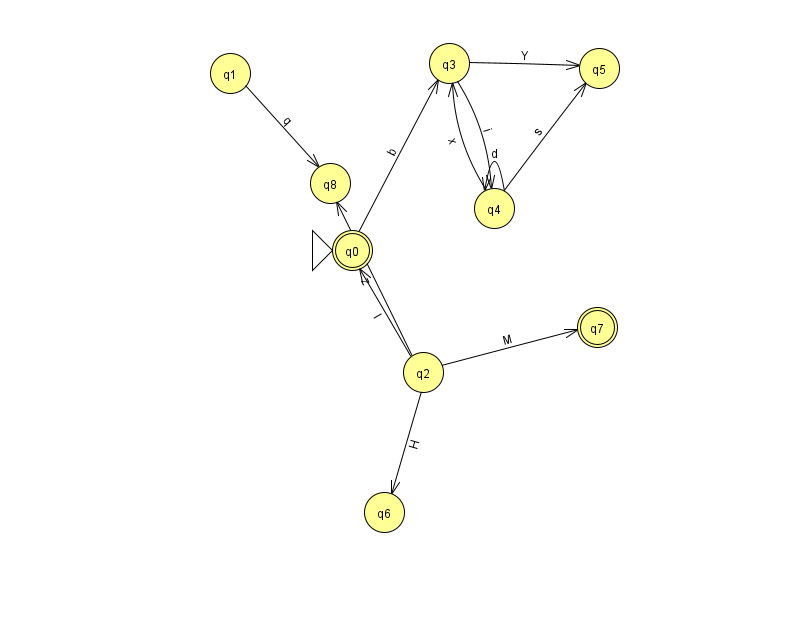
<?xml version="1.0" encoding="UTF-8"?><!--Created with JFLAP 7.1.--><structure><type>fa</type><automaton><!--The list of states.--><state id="0" name="q0"><x>352.0</x><y>237.0</y><initial/><final/></state><state id="1" name="q1"><x>230.0</x><y>60.0</y></state><state id="2" name="q2"><x>423.0</x><y>359.0</y></state><state id="3" name="q3"><x>449.0</x><y>50.0</y></state><state id="4" name="q4"><x>494.0</x><y>195.0</y></state><state id="5" name="q5"><x>599.0</x><y>55.0</y></state><state id="6" name="q6"><x>384.0</x><y>499.0</y></state><state id="7" name="q7"><x>597.0</x><y>314.0</y><final/></state><state id="8" name="q8"><x>330.0</x><y>170.0</y></state><!--The list of transitions.--><transition><from>2</from><to>6</to><read>H</read></transition><transition><from>4</from><to>5</to><read>s</read></transition><transition><from>0</from><to>3</to><read>b</read></transition><transition><from>1</from><to>8</to><read>q</read></transition><transition><from>4</from><to>4</to><read>d</read></transition><transition><from>2</from><to>7</to><read>M</read></transition><transition><from>2</from><to>8</to><read>z</read></transition><transition><from>2</from><to>0</to><read>I</read></transition><transition><from>3</from><to>5</to><read>Y</read></transition><transition><from>4</from><to>3</to><read>x</read></transition><transition><from>3</from><to>4</to><read>i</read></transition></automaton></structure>